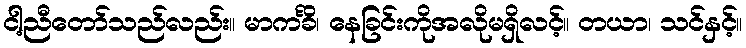
ငါ့ညီတော်သည်လည်း။ မာကင်္ခိ၊ နေခြင်းကိုအလိုမရှိလင့်။ တယာ၊ သင်နှင့်။